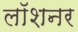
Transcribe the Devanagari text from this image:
लॉशनर